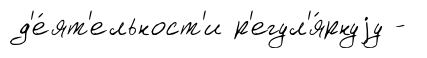
д'е́ят'ельност'и р'егул'я́рнуjу -